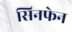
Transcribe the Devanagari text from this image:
सिनफेन